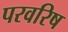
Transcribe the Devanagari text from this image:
परवरिष